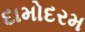
દામોદરમ